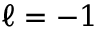
\ell = - 1